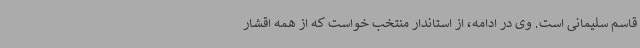
قاسم سلیمانی است. وی در ادامه، از استاندار منتخب خواست که از همه اقشار